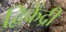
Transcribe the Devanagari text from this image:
द्विकेंद्री